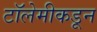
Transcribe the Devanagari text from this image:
टॉलेमीकडून